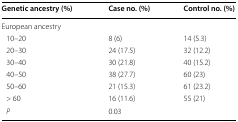
<table><thead><tr><td><b>Genetic ancestry (%)</b></td><td><b>Case no. (%)</b></td><td><b>Control no. (%)</b></td></tr></thead><tbody><tr><td colspan="3">European ancestry</td></tr><tr><td> 10–20</td><td>8 (6)</td><td>14 (5.3)</td></tr><tr><td> 20–30</td><td>24 (17.5)</td><td>32 (12.2)</td></tr><tr><td> 30–40</td><td>30 (21.8)</td><td>40 (15.2)</td></tr><tr><td> 40–50</td><td>38 (27.7)</td><td>60 (23)</td></tr><tr><td> 50–60</td><td>21 (15.3)</td><td>61 (23.2)</td></tr><tr><td> &gt; 60</td><td>16 (11.6)</td><td>55 (21)</td></tr><tr><td> <i>P</i></td><td colspan="2">0.03</td></tr></tbody></table>